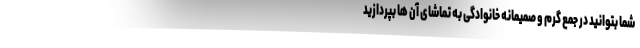
شما بتوانید در جمع گرم و صمیمانه خانوادگی به تماشای آن ها بپردازید